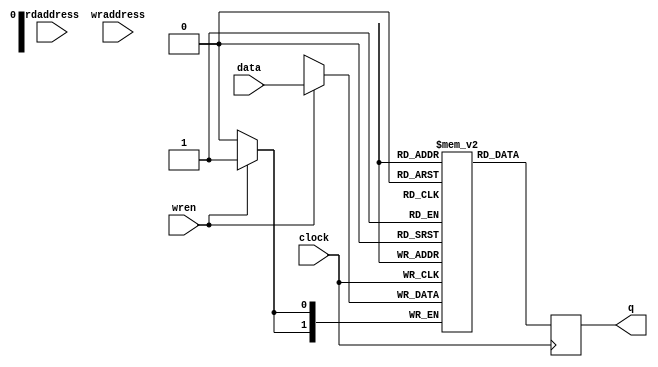
module rw_manager_inst_ROM_reg(
        rdaddress,
        clock,
        data,
        wraddress,
        wren,
        q);


parameter INST_ROM_DATA_WIDTH = "";
parameter INST_ROM_ADDRESS_WIDTH = "";

input [(INST_ROM_ADDRESS_WIDTH-1):0]  rdaddress;
input     clock;
input [(INST_ROM_ADDRESS_WIDTH-1):0] wraddress;
input [(INST_ROM_DATA_WIDTH-1):0] data;
input wren; 
output reg [(INST_ROM_DATA_WIDTH-1):0]  q;

reg [(INST_ROM_DATA_WIDTH-1):0] inst_mem[(2**INST_ROM_ADDRESS_WIDTH-1):0];

always @(posedge clock)

begin
  if (wren)
  inst_mem[wraddress]<= data;
  q <= inst_mem[rdaddress];

end



endmodule